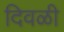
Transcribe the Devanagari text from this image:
दिवळी